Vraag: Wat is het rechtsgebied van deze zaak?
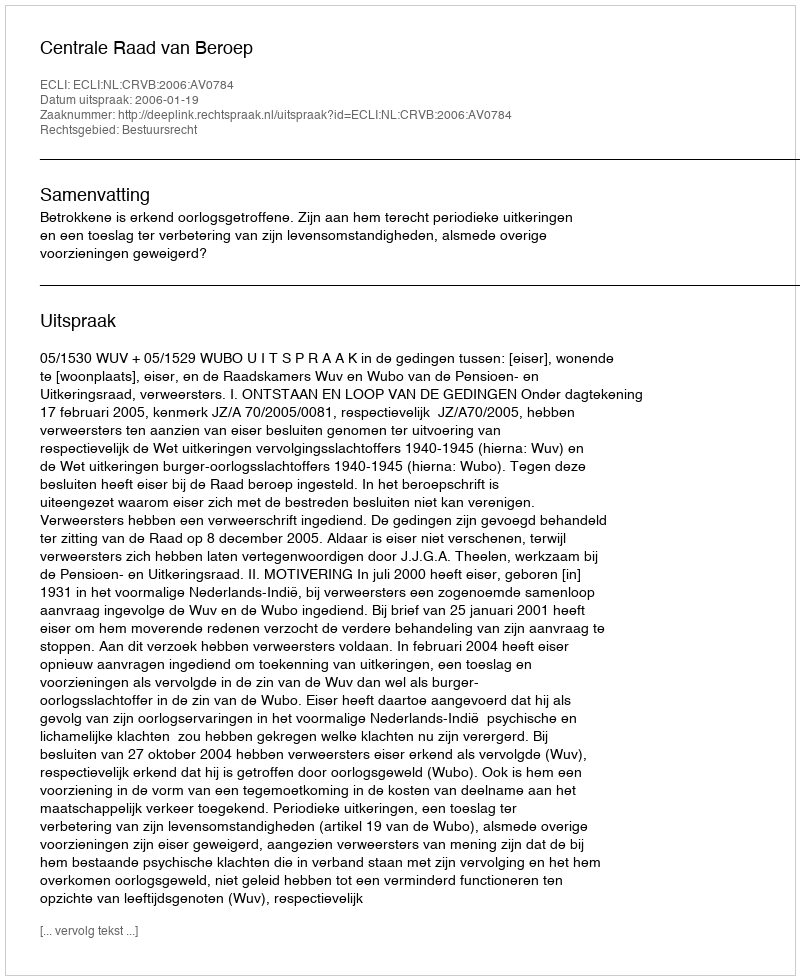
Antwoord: Bestuursrecht